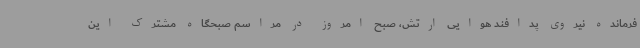
فرمانده نیروی پدافند هوایی ارتش، صبح امروز در مراسم صبحگاه مشترک این